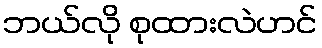
ဘယ်လို စုထားလဲဟင်